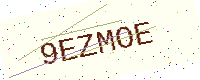
Text: 9EZMOE